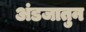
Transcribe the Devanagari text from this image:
अंडजातुन